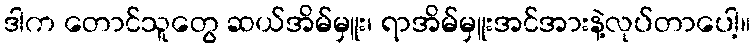
ဒါက တောင်သူတွေ ဆယ်အိမ်မှူး၊ ရာအိမ်မှူးအင်အားနဲ့လုပ်တာပေါ့။